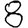
Digit: 8